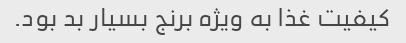
کیفیت غذا به ویژه برنج بسیار بد بود.